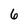
Character: 6